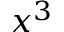
x ^ { 3 }